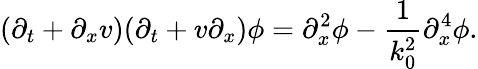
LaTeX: (\partial_{t}+\partial_{x}v)(\partial_{t}+v\partial_{x})\phi=\partial_{x}^{2}\phi-\frac{1}{k_{0}^{2}}\partial_{x}^{4}\phi.